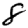
Digit: 8